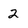
Character: 2